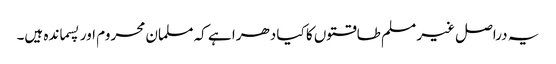
یہ دراصل غیر مسلم طاقتوں کا کیا دھرا ہے کہ مسلمان محروم اور پسماندہ ہیں۔